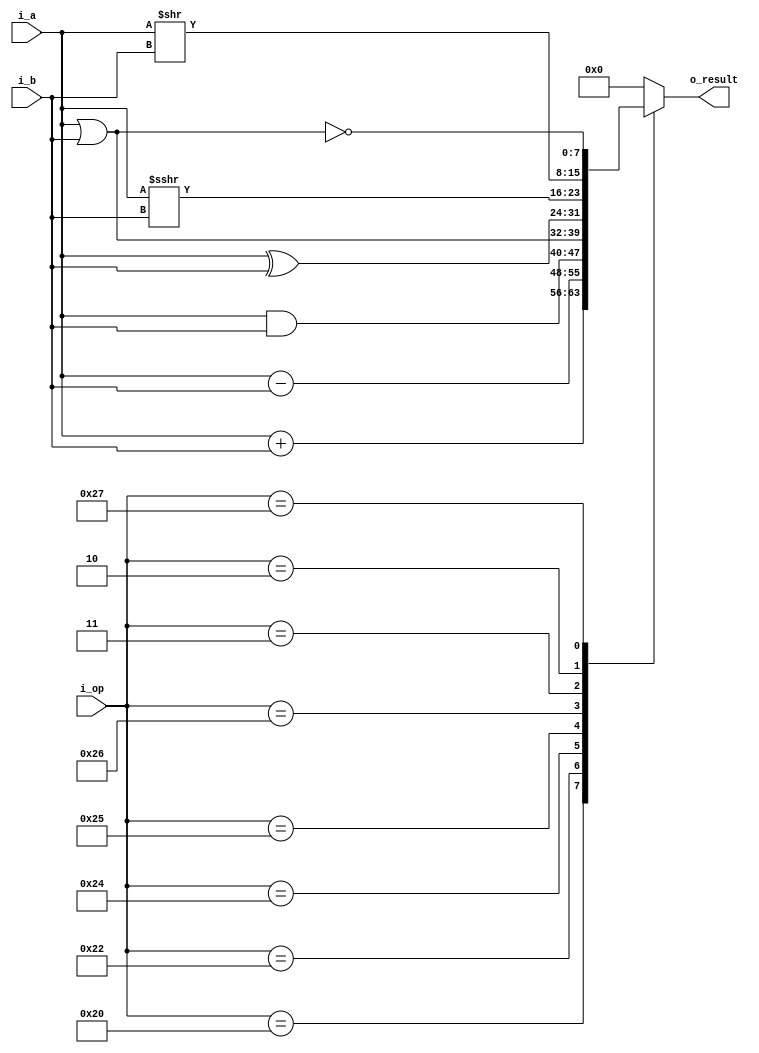
`timescale 1ns / 1ps

//////////////////////////////////////////////////////////////////////////////////

module alu #(
        parameter BITS_DATA = 8, // data size
        parameter BITS_OP = 6 // operation code size
    )(
        input wire signed [BITS_DATA-1 : 0] i_a,
        input wire signed [BITS_DATA-1 : 0] i_b,
        input wire [BITS_OP-1 : 0] i_op,
        output wire signed [BITS_DATA-1 : 0] o_result
    );

    // Operation codes
    localparam ADD = 6'b100000;
    localparam SUB = 6'b100010;
    localparam AND = 6'b100100;
    localparam OR  = 6'b100101;
    localparam XOR = 6'b100110;
    localparam SRA = 6'b000011;
    localparam SRL = 6'b000010;
    localparam NOR = 6'b100111;
    
    reg [BITS_DATA-1 : 0] result;
    assign o_result = result;
    
    always @(*) begin
        case (i_op)
            ADD: result = i_a + i_b;
            SUB: result = i_a - i_b;
            AND: result = i_a & i_b;
            OR : result = i_a | i_b;
            XOR: result = i_a ^ i_b;
            SRA: result = i_a >>> i_b; // desplazamiento aritmtico a la derecha
            SRL: result = i_a >> i_b; // desplazamiento lgico a la derecha
            NOR: result = ~(i_a | i_b);
            default: result = {BITS_DATA{1'b0}}; // resultado 0 si la operacion no es vlida
        endcase
    end

endmodule